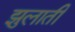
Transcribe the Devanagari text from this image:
झुलाती